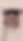
ম